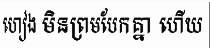
ហៀង មិនព្រមបែកគ្នា ហើយ